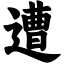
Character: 遭